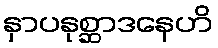
နှာပနုစ္ဆာဒနေဟိ